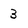
Character: 3